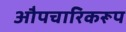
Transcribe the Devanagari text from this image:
औपचारिकरूप